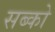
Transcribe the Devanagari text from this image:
सब्को